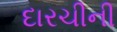
દારચીની